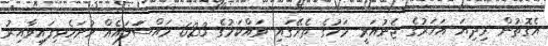
އެގޮތުން މިދިޔަ އަހަރުގެ ޖެނުއަރީ މަހުގެ ތެރޭގައި ވައްކަމުގެ 623 މައްސަަލައެއް ހުށަހެޅިފައިވާއިރު